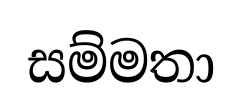
සම්මතා